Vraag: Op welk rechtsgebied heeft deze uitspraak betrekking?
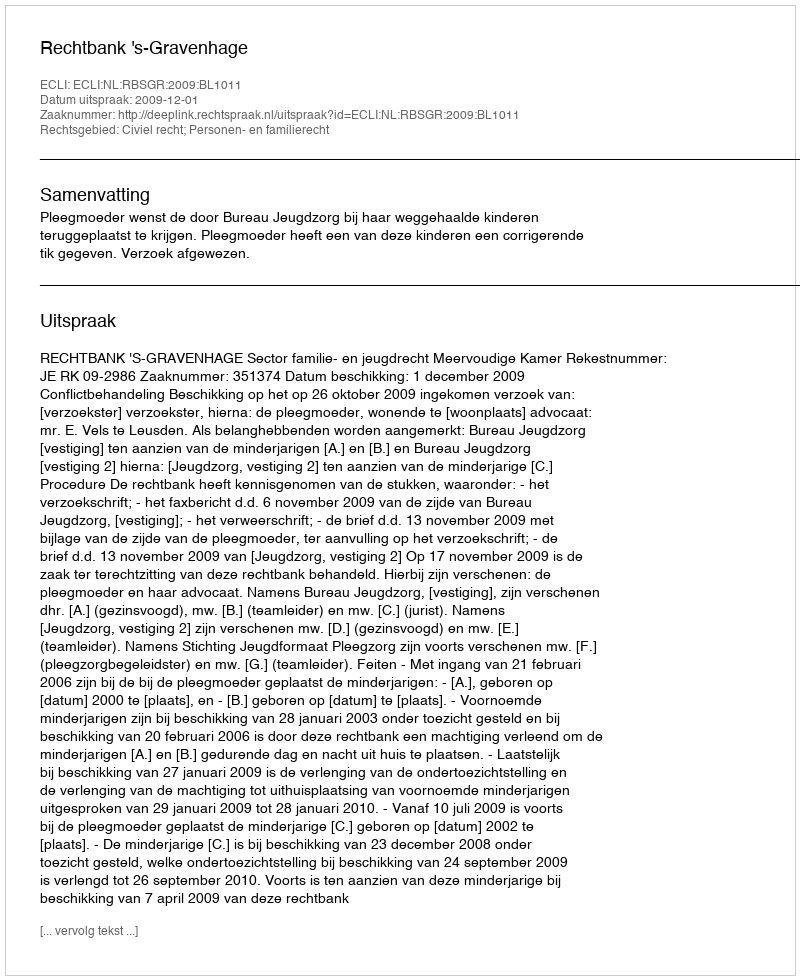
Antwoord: Civiel recht; Personen- en familierecht